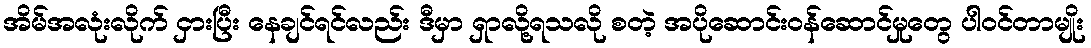
အိမ်အလုံးလိုက် ငှားပြီး နေချင်ရင်လည်း ဒီမှာ ရှာလို့ရသလို စတဲ့ အပိုဆောင်းဝန်ဆောင်မှုတွေ ပါဝင်တာမျိုး